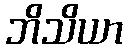
ဘိသိယာ